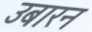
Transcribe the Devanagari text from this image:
उबारन